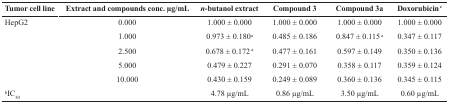
<table><thead><tr><td><b>Tumor cell line</b></td><td><b>Extract and compounds conc. μg/mL</b></td><td><b><i>n</i>-butanol extract</b></td><td><b>Compound 3</b></td><td><b>Compound 3a</b></td><td><b>Doxorubicin <sup>c</sup></b></td></tr></thead><tbody><tr><td>HepG2</td><td>0.000</td><td>1.000 ± 0.000</td><td>1.000 ± 0.000</td><td>1.000 ± 0.000</td><td>1.000 ± 0.000</td></tr><tr><td></td><td>1.000</td><td>0.973 ± 0.180<sup>a</sup></td><td>0.485 ± 0.186</td><td>0.847 ± 0.115 <sup>a</sup></td><td>0.347 ± 0.117</td></tr><tr><td></td><td>2.500</td><td>0.678 ± 0.172 <sup>a</sup></td><td>0.477 ± 0.161</td><td>0.597 ± 0.149</td><td>0.350 ± 0.136</td></tr><tr><td></td><td>5.000</td><td>0.479 ± 0.227</td><td>0.291 ± 0.070</td><td>0.358 ± 0.117</td><td>0.359 ± 0.124</td></tr><tr><td></td><td>10.000</td><td>0.430 ± 0.159</td><td>0.249 ± 0.089</td><td>0.360 ± 0.136</td><td>0.345 ± 0.115</td></tr><tr><td><sup>b</sup>IC<sub>50</sub></td><td></td><td>4.78 μg/mL</td><td>0.86 μg/mL</td><td>3.50 μg/mL</td><td>0.60 μg/mL</td></tr></tbody></table>